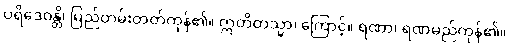
ပရိဒေဝန္တိ၊ မြည်တမ်းတတ်ကုန်၏။ ဣတိတသ္မာ၊ ကြောင့်။ ရဏာ၊ ရဏမည်ကုန်၏။